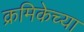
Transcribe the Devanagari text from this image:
क्रमिकेच्या